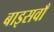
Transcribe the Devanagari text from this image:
बाइसवाँ